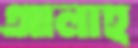
আলাহ